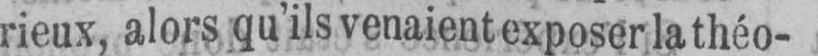
rieux, alors qu’ils venaient exposer la théo-